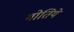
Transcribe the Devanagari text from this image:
गोतिये